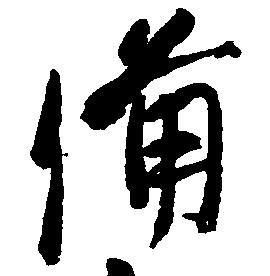
備